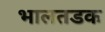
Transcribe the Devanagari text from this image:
भालतडक